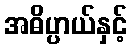
အဓိပ္ပာယ်နှင့်